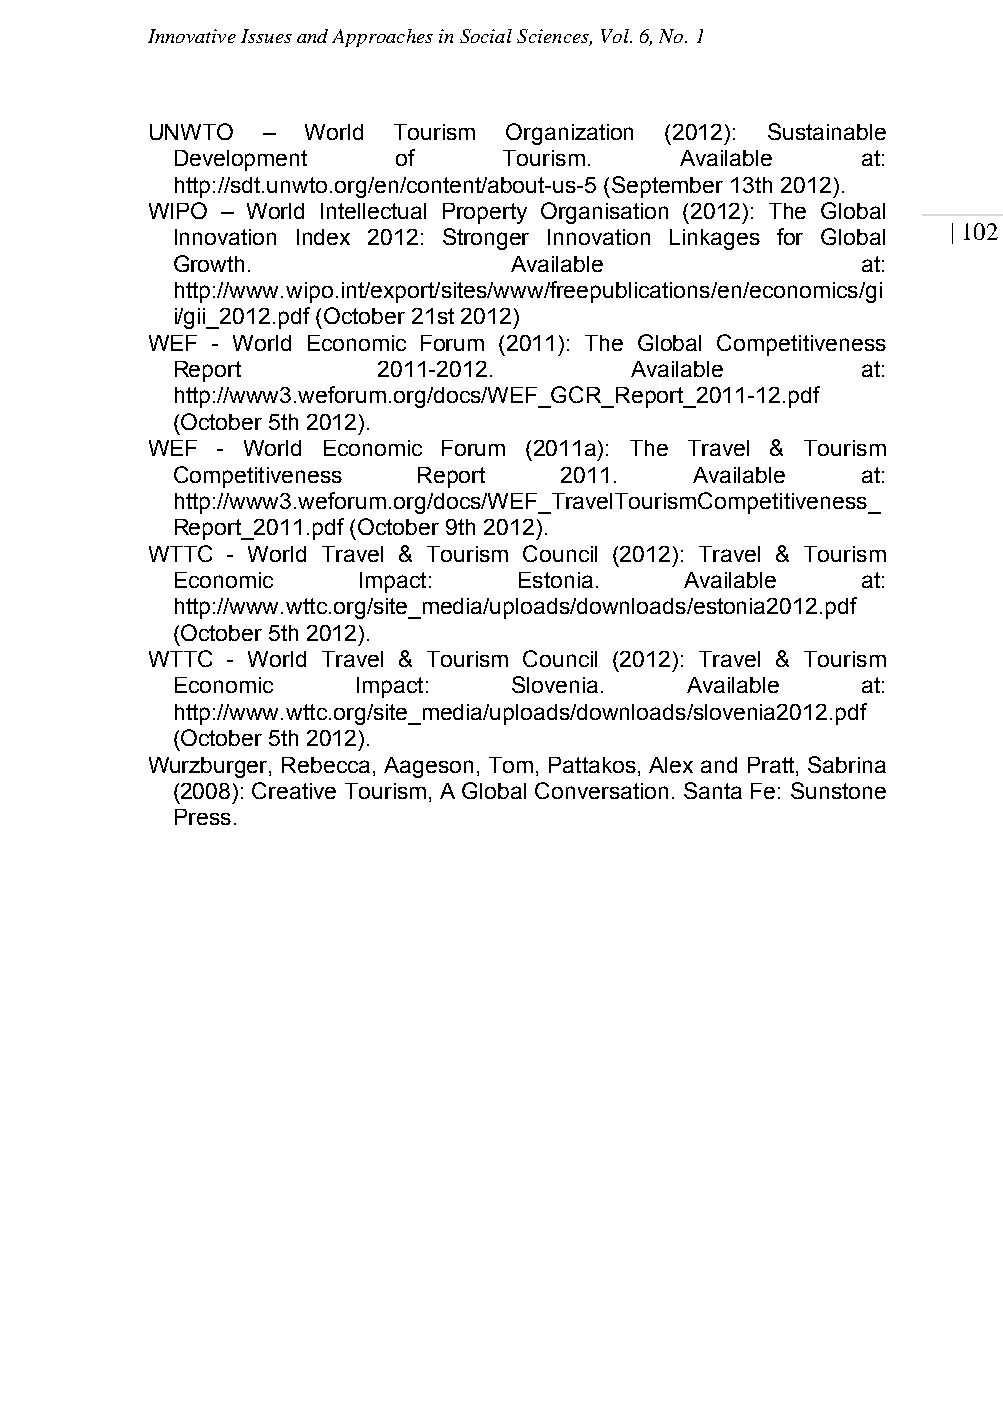
Innovative Issues and Approaches in Social Sciences, Vol. 6, No. 1
 UNWTO  –  World Tourism Organization (2012): Sustainable
 Development    of     Tourism.    Available   at:
 http://sdt.unwto.org/en/content/about-us-5 (September 13th 2012).
 WIPO – World Intellectual Property Organisation (2012): The Global
 | 102
 Innovation Index 2012: Stronger Innovation Linkages for Global
 Growth.                Available              at:
 http://www.wipo.int/export/sites/www/freepublications/en/economics/gi
 i/gii_2012.pdf (October 21st 2012)
 WEF - World Economic Forum (2011): The Global Competitiveness
 Report        2011-2012.       Available      at:
 http://www3.weforum.org/docs/WEF_GCR_Report_2011-12.pdf
 (October 5th 2012).
 WEF - World Economic Forum (2011a): The Travel & Tourism
 Competitiveness  Report   2011.    Available  at:
 http://www3.weforum.org/docs/WEF_TravelTourismCompetitiveness_
 Report_2011.pdf (October 9th 2012).
 WTTC - World Travel & Tourism Council (2012): Travel & Tourism
 Economic     Impact:   Estonia.   Available   at:
 http://www.wttc.org/site_media/uploads/downloads/estonia2012.pdf
 (October 5th 2012).
 WTTC - World Travel & Tourism Council (2012): Travel & Tourism
 Economic    Impact:    Slovenia.  Available   at:
 http://www.wttc.org/site_media/uploads/downloads/slovenia2012.pdf
 (October 5th 2012).
 Wurzburger, Rebecca, Aageson, Tom, Pattakos, Alex and Pratt, Sabrina
 (2008): Creative Tourism, A Global Conversation. Santa Fe: Sunstone
 Press.